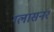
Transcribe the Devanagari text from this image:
ग्लासनर